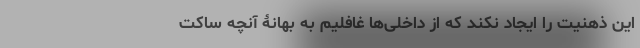
این ذهنیت را ایجاد نکند که از داخلی‌ها غافلیم به بهانۀ آنچه ساکت